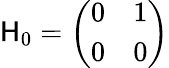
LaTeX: \mathsf{H}_{0}=\left(\begin{array}{ll}{0}&{1}\\ {0}&{0}\end{array}\right)